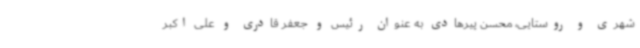
شهری و روستایی، محسن پیرهادی به عنوان رئیس و جعفر قادری و علی اکبر